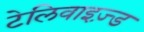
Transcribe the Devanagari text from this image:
टेलिवाइज़्ड